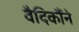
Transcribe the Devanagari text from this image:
वैदिकौंने